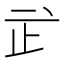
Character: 㱐